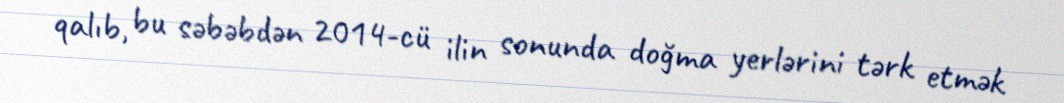
qalıb, bu səbəbdən 2014-cü ilin sonunda doğma yerlərini tərk etmək